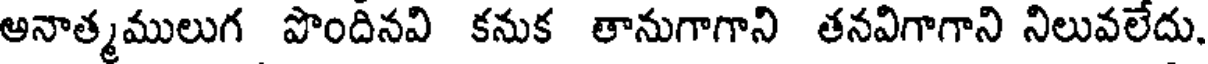
అనాత్మములుగ పొందినవి కనుక తానుగాగాని తనవిగాగాని నిలువలేదు.